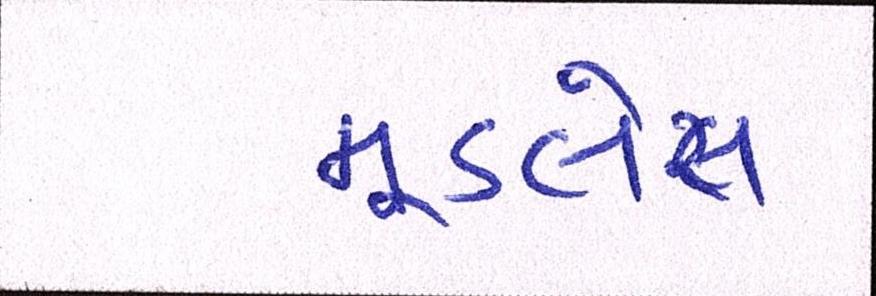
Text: મૂડલેસ